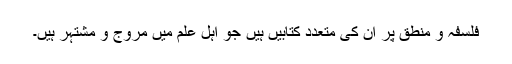
فلسفہ و منطق پر ان کی متعدد کتابیں ہیں جو اہل علم میں مروج و مشتہر ہیں۔